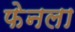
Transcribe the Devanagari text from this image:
फेनला